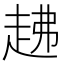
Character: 䞞